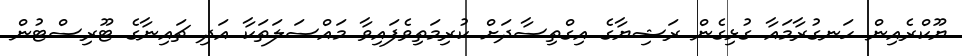
ޔޫކްރެއިން ހަނގުރާމައާ ގުޅިގެން ރަޝިޔާގެ އިގްތިސާދަށް ކުރިމަތިވެފައިވާ މައްސަލަތަކާ އަދި ޗައިނާގެ ޓޫރިސްޓުން